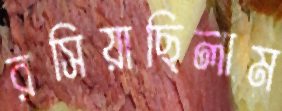
রসিয়াছিলাম